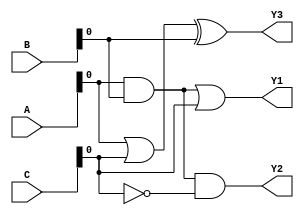
module combinational_logic (
    input wire [3:0] A,      // 4-bit input A
    input wire [3:0] B,      // 4-bit input B
    input wire [3:0] C,      // 4-bit input C
    output wire Y1,          // Output for function 1
    output wire Y2,          // Output for function 2
    output wire Y3           // Output for function 3
);

    // Shared logic
    wire shared_and;         // Shared AND term
    wire shared_or;          // Shared OR term

    // Define shared logic components
    assign shared_and = A & B;          // Common AND operation
    assign shared_or = A | C;            // Common OR operation

    // Output logic functions using shared components
    assign Y1 = shared_and | C;          // Function 1: (A & B) | C
    assign Y2 = shared_and & ~C;         // Function 2: (A & B) & ~C
    assign Y3 = shared_or ^ B;           // Function 3: (A | C) ^ B

endmodule